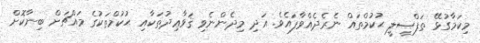
މިކަމާގުޅޭ ތަފްޞީލީ ޙުކުމްތައް ނެރެދެއްވާފައެވެ. އަދި މިދެންނެވި ޤަވާޢިދުތަކާއި ޙުކުމްތަކުގެ މައްޗަށް ބިނާކޮށް